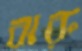
ঝরু